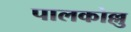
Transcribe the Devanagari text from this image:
पालकोल्लु